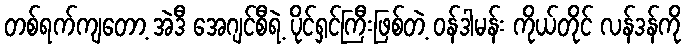
တစ်ရက်ကျတော့ အဲဒီ အေဂျင်စီရဲ့ ပိုင်ရှင်ကြီးဖြစ်တဲ့ ဝန်ဒါမန်း ကိုယ်တိုင် လန်ဒန်ကို